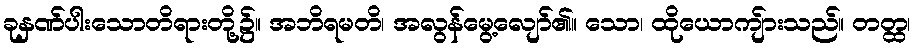
ခုနှဏ်ပါးသောတိရားတို့၌။ အဘိရမတိ၊ အလွန်မွေ့လျော်၏။ သော၊ ထိုယောကျ်ားသည်။ တတ္ထ၊